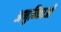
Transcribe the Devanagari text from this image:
अणुविकाओं